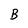
Character: B